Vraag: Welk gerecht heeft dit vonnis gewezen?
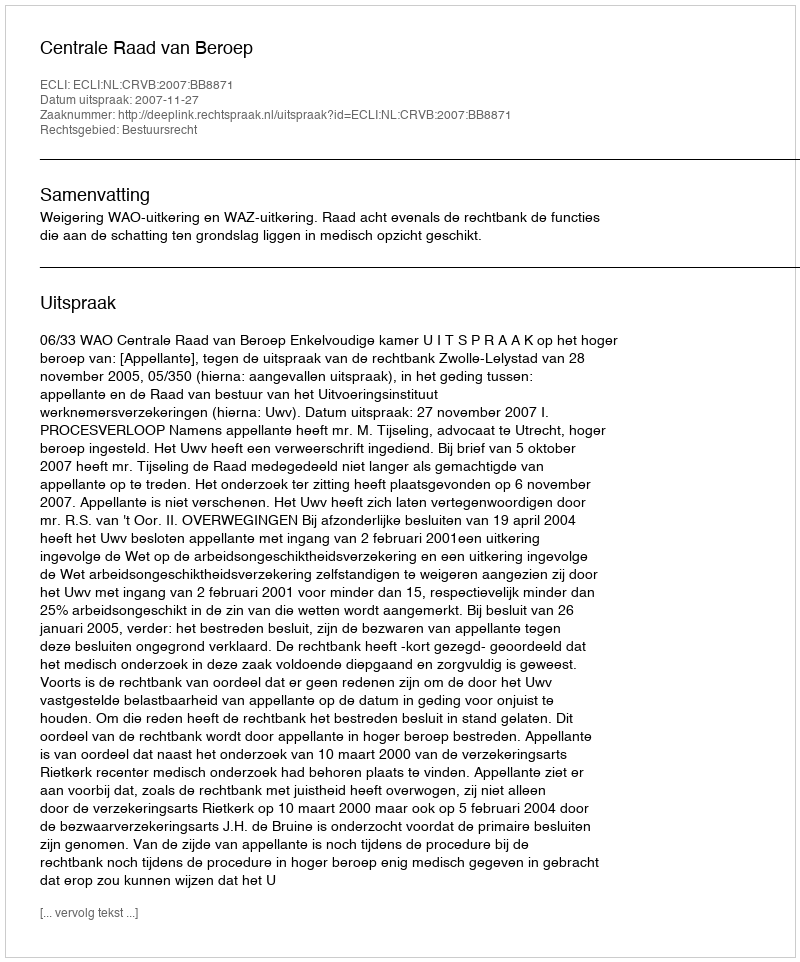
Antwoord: Centrale Raad van Beroep